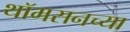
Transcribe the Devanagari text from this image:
थॉमसनच्या